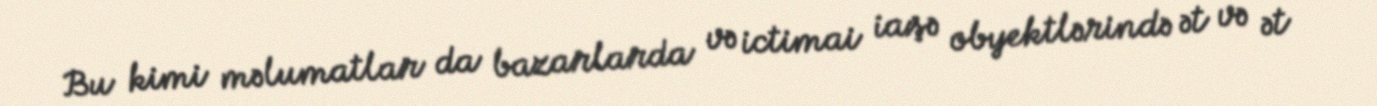
Bu kimi məlumatlar da bazarlarda və ictimai iaşə obyektlərində ət və ət